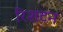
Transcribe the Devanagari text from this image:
रिशटन